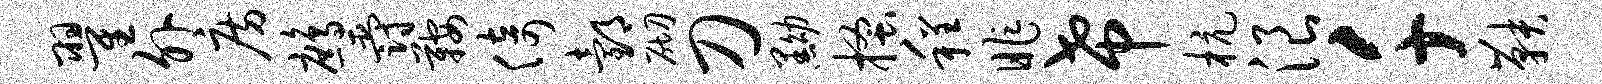
翟外房鹧爵鞍倚邰砌刀黝搔程昨希杭浪千鞅